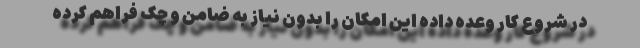
در شروع کار وعده داده این امکان را بدون نیاز به ضامن و چک فراهم کرده